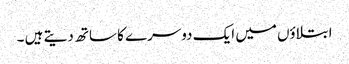
ابتلاؤں میں ایک دوسرے کا ساتھ دیتے ہیں ۔